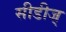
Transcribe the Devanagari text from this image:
सीडीज्